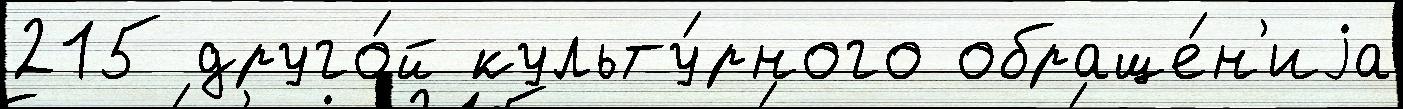
215 друго́й культу́рного обраще́н'иjа